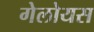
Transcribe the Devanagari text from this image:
गेलोयस